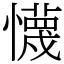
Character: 懱